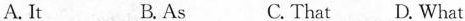
A.It B.As C.That D.What